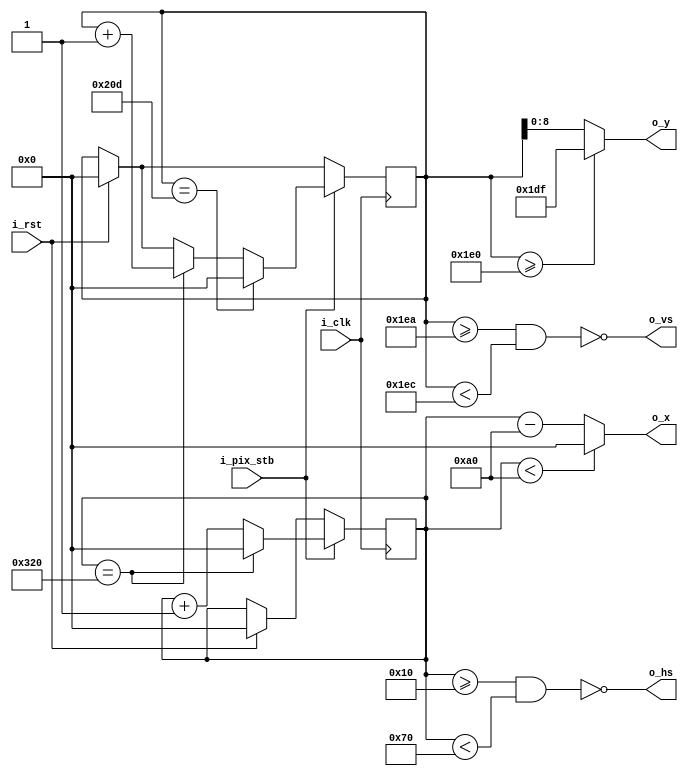
`timescale 1ns / 1ps
//////////////////////////////////////////////////////////////////////////////////
// Company: 
// Engineer: 
// 
// Design Name: 
// Module Name: vga640x480
// Project Name: 
// Target Devices: 
// Tool Versions: 
// Description: 
// 
// Dependencies: 
// 
// Revision:
// Revision 0.01 - File Created
// Additional Comments:
// 
//////////////////////////////////////////////////////////////////////////////////


module vga640x480(
    input wire i_clk,           // base clock
    input wire i_pix_stb,       // pixel clock strobe
    input wire i_rst,           // reset: restarts frame
    output wire o_hs,           // horizontal sync
    output wire o_vs,           // vertical sync
    output wire [9:0] o_x,      // current pixel x position
    output wire [8:0] o_y       // current pixel y position
    );

   
    localparam HS_STA = 16;              // horizontal sync start
    localparam HS_END = 16 + 96;         // horizontal sync end
    localparam HA_STA = 16 + 96 + 48;    // horizontal active pixel start
    localparam VS_STA = 480 + 10;        // vertical sync start
    localparam VS_END = 480 + 10 + 2;    // vertical sync end
    localparam VA_END = 480;             // vertical active pixel end
    localparam LINE   = 800;             // complete line (pixels)
    localparam SCREEN = 525;             // complete screen (lines)

    reg [9:0] h_count;  // line position
    reg [9:0] v_count;  // screen position

    // generate sync signals (active low for 640x480)
    assign o_hs = ~((h_count >= HS_STA) & (h_count < HS_END));
    assign o_vs = ~((v_count >= VS_STA) & (v_count < VS_END));

    // keep x and y bound within the active pixels
    assign o_x = (h_count < HA_STA) ? 0 : (h_count - HA_STA);
    assign o_y = (v_count >= VA_END) ? (VA_END - 1) : (v_count);


    always @ (posedge i_clk)
    begin
        if (i_rst)  // reset to start of frame
        begin
            h_count <= 0;
            v_count <= 0;
        end
        if (i_pix_stb)  // once per pixel
        begin
            if (h_count == LINE)  // end of line
            begin
                h_count <= 0;
                v_count <= v_count + 1;
            end
            else 
                h_count <= h_count + 1;

            if (v_count == SCREEN)  // end of screen
                v_count <= 0;
        end
    end
endmodule